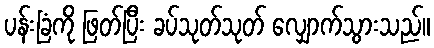
ပန်းခြံကို ဖြတ်ပြီး ခပ်သုတ်သုတ် လျှောက်သွားသည်။